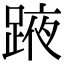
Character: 𨂒